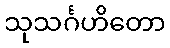
သုသင်္ဂဟိတော